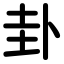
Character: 卦